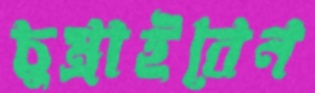
চুম্‌রাইবেন